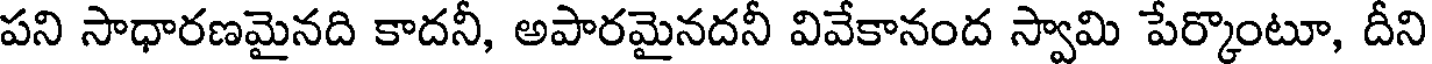
పని సాధారణమైనది కాదనీ, అపారమైనదనీ వివేకానంద స్వామి పేర్కొంటూ, దీని